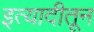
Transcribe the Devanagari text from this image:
इत्यादीतून